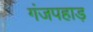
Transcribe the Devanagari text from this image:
गंजपहाड़